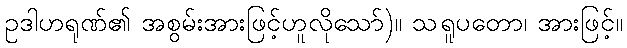
ဥဒါဟရုဏ်၏ အစွမ်းအားဖြင့်ဟူလိုသော်)။ သရူပတော၊ အားဖြင့်။